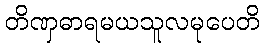
တိဏှဓာရမယသူလမုပေတိ